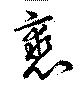
裘